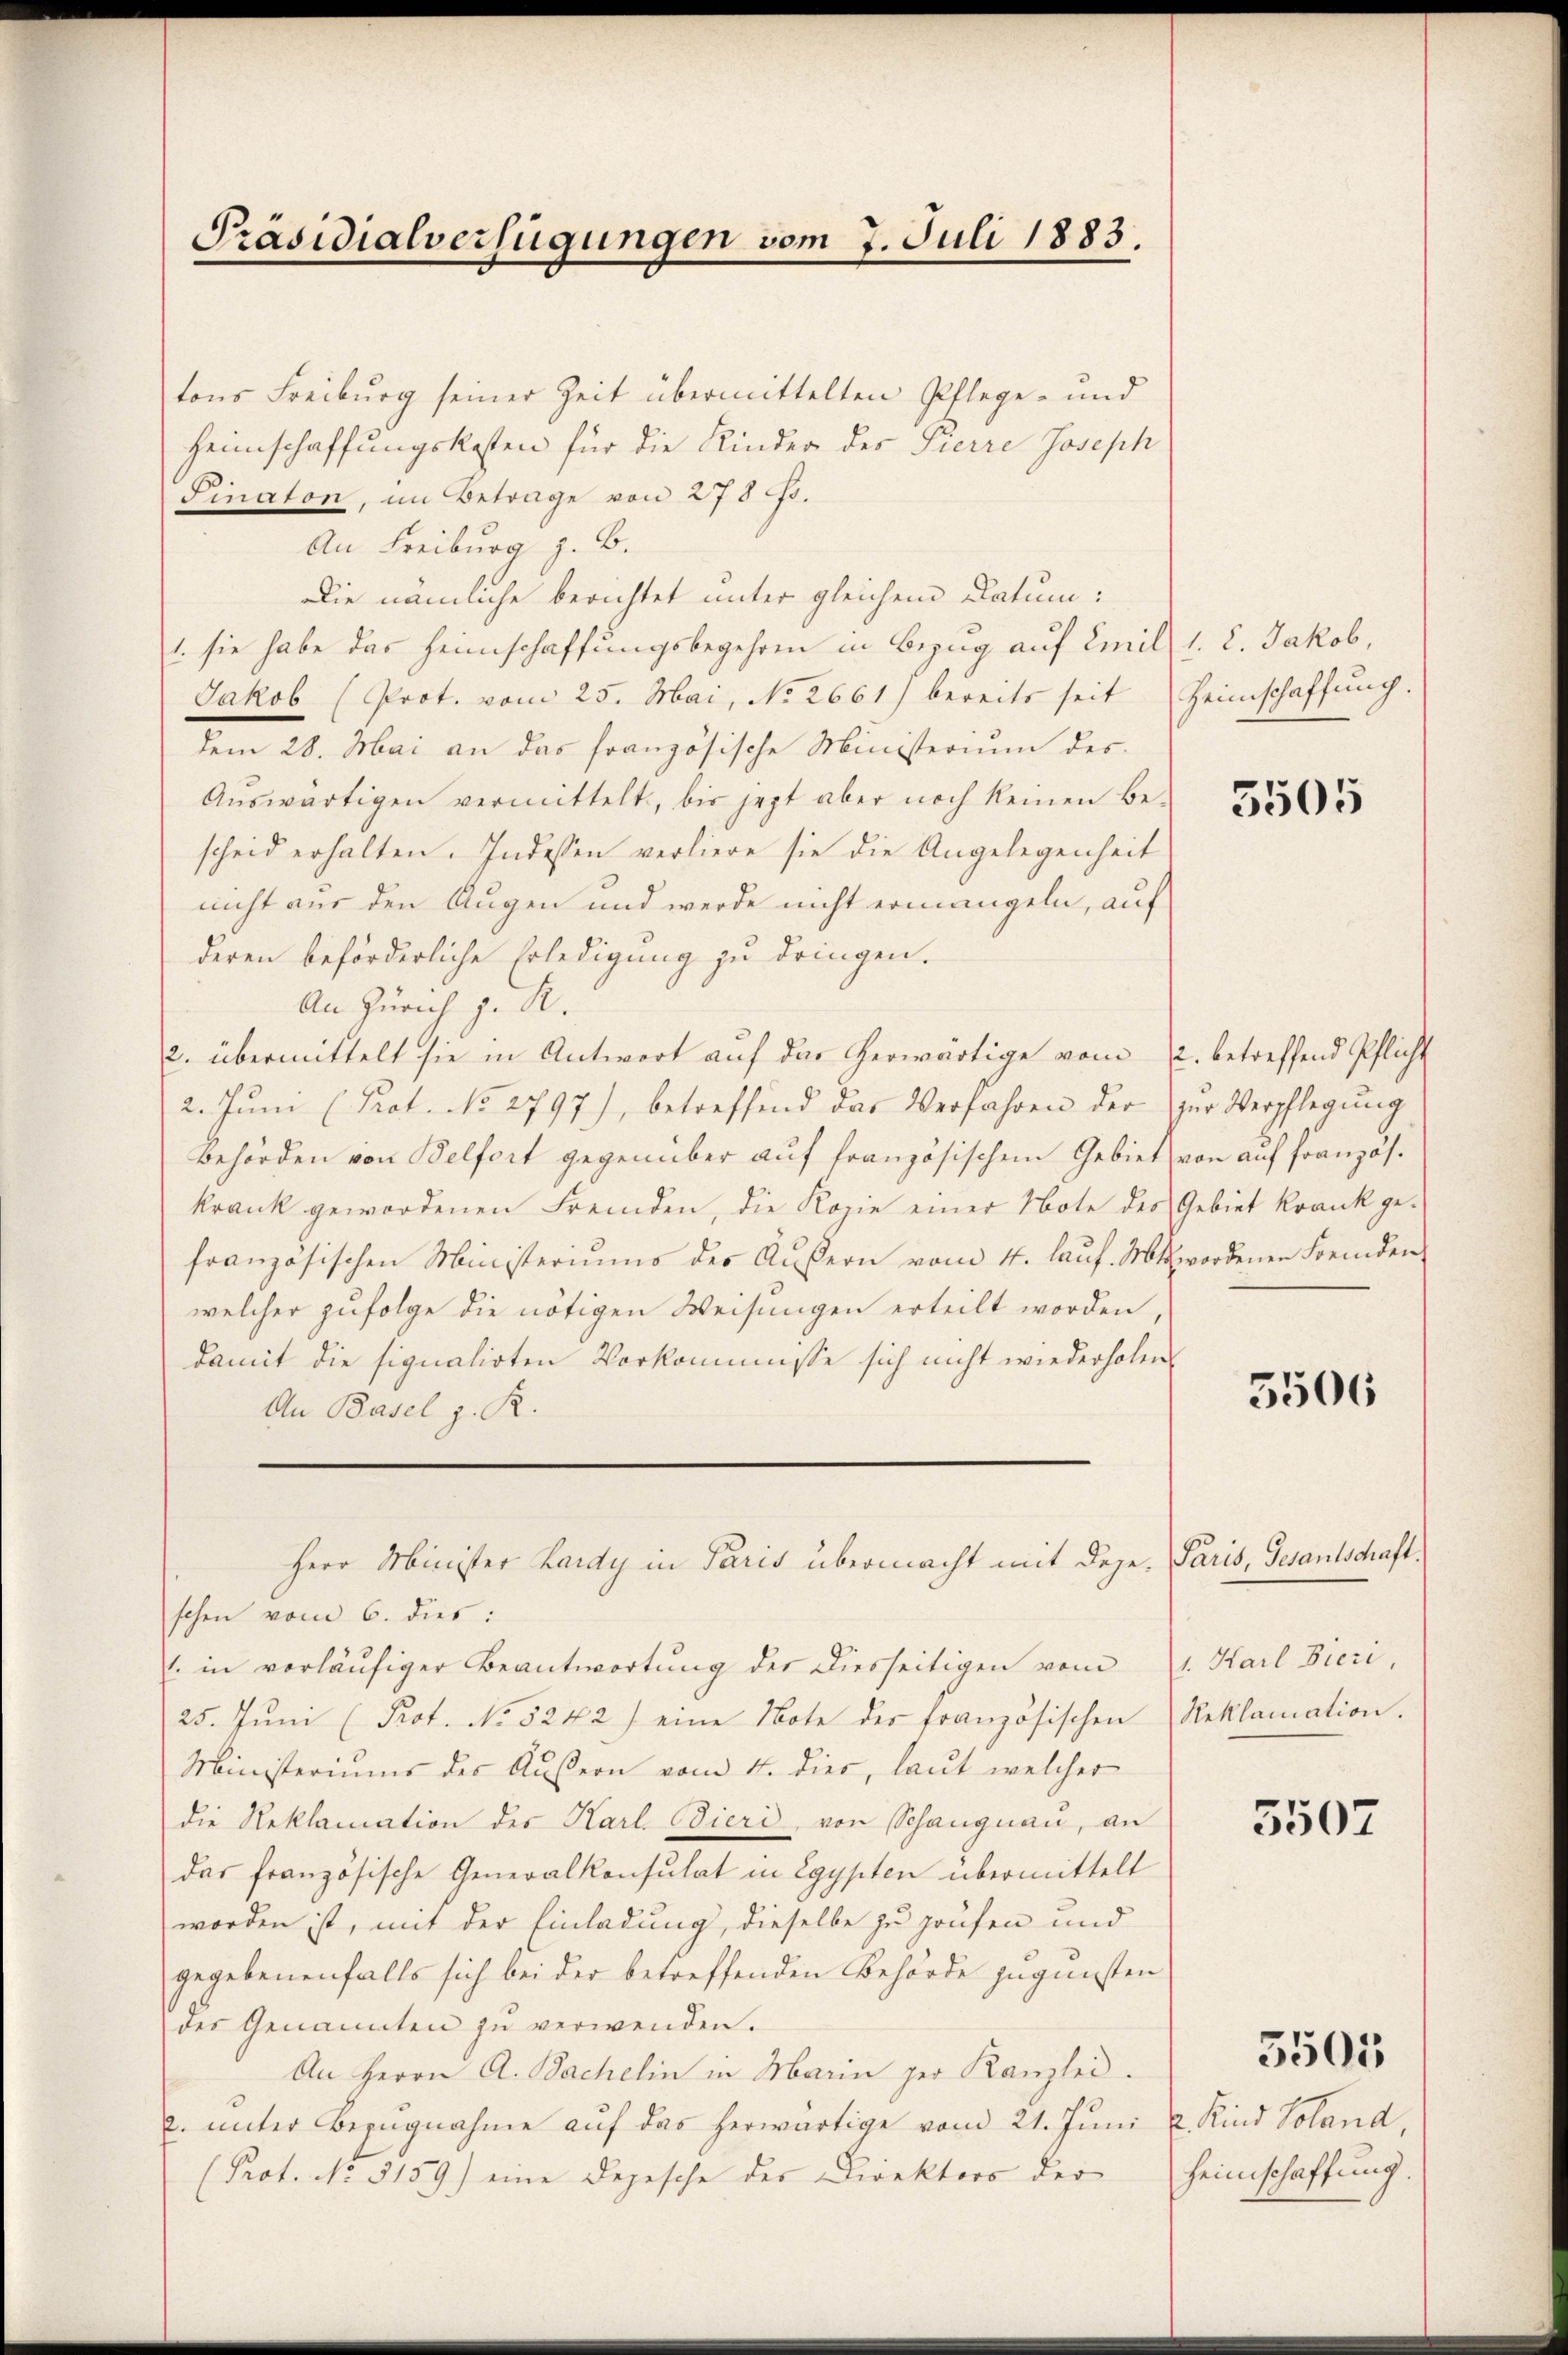
Präsidialverfügungen vom 7. Juli 1883.

tons Freiburg seiner Zeit übermittelten Pflege- und
Heimschaffungskosten für die Kinder des Pierre Joseph
Pinaton, im Betrage von 278 f.
An Freiburg z. B.
Die nämliche berichtet unter gleichem Datum:
1. sie habe das Heimschaffungsbegehren in Bezug auf Emil 1. 2. Jakob,
Jakob (Prot. vom 25. Mai, No 2661) bereits seit Heimschaffung.
dem 28. Mai an das französische Ministerium des
Aŭswärtigen vermittelt, bis jezt aber noch keinen Be-
scheid erhalten. Indessen verliere sie die Angelegenheit
nicht aus den Augen und werde nicht ermangeln, auf
deren beförderliche Erledigung zu dringen.
An Zürich z. R.
2. übermittelt sie in Antwort auf das herwärtige vom 12. betreffend Pflicht
2. Jŭni (Prot. No 2797), betreffend das Verfahren der zŭr Verpflegŭng
Behörden von Belfort gegenüber auf französischem Gebiet von auf französkrank gewordenen Fremden, die Kopie einer Note des Gebiet krank ge-
französischen Ministeriums des Äußern vom 4. laŭf. Mts. wordenen Fremden
welcher zufolge die nötigen Weisungen erteilt worden,
damit die signatirten Vorkommisse sich nicht wiederholen.
An Basel z. R.
Herr Minister Lardy in Paris übermacht mit Dege, Paris, Gesantschraft.
schen vom 6. dies:
l. in vorläufiger Beantwortung der Diesseitigen vom
25. Jŭni (Prot. No 5242) eine Note des französischen Reklamation.
Ministeriums des Außern vom 4. dies, laut welcher
die Reklamation des Karl. Tieri, von Schangnau, an
das französische Generalkonsulat in Egypten übermittelt
worden ist, mit der Einladung, dieselbe zu Haufen und
gegebenenfalls sich bei der betreffenden Behörde zugunsten
der Genannten zŭ verwenden.
An Herrn A. Bachelin in Marin per Kanzlei.
u. ŭnter Bezugnahme aŭf das herwärtige vom 21. Jŭni u. Kind Soland,
(Prot. No. 3159) eine Depesche der Direktors der

5505

5506

1. Karl Bieri,

5507

5505

Heimschaftung.